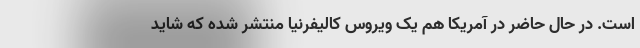
است. در حال حاضر در آمریکا هم یک ویروس کالیفرنیا منتشر شده که شاید